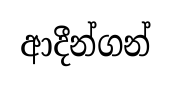
ආදීන්ගන්